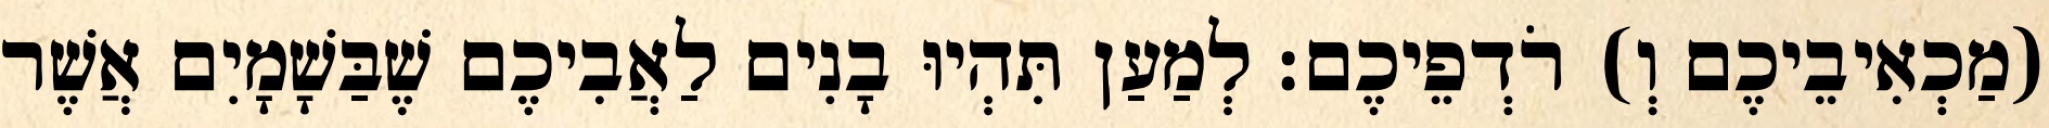
(מַכְאִיבֵיכֶם וְ) רֹדְפֵיכֶם׃ לְמַעַן תִּהְיוּ בָנִים לַאֲבִיכֶם שֶׁבַּשָׁמָיִם אֲשֶׁר